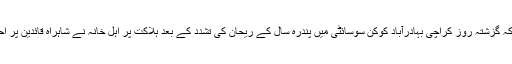
یاد رہے کہ گزشتہ روز کراچی بہادرآباد کوکن سوسائٹی میں پندرہ سال کے ریحان کی تشدد کے بعد ہلاکت پر اہل خانہ نے شاہراہ قائدین پر احتجاج کیا۔